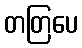
တတြပေ